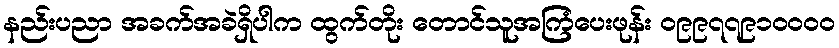
နည်းပညာ အခက်အခဲရှိပါက ထွက်တိုး တောင်သူအကြံပေးဖုန်း ၀၉၉၇၇၉၁၀၀၀၀